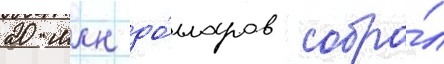
20 млн до́лларов собра́л